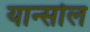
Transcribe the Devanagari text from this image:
यान्सोल